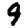
Digit: 9